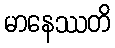
မာနေဿတိ